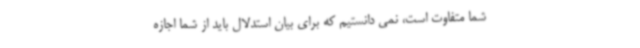
شما متفاوت است، نمی دانستیم که برای بیان استدلال باید از شما اجازه